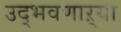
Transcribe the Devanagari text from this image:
उद्‌भवणाऱ्या